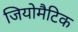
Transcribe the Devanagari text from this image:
जियोमैटिक